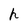
Character: h